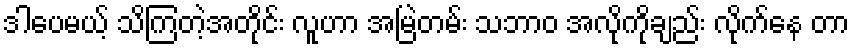
ဒါပေမယ့် သိကြတဲ့အတိုင်း လူဟာ အမြဲတမ်း သဘာဝ အလိုကိုချည်း လိုက်နေ တာ